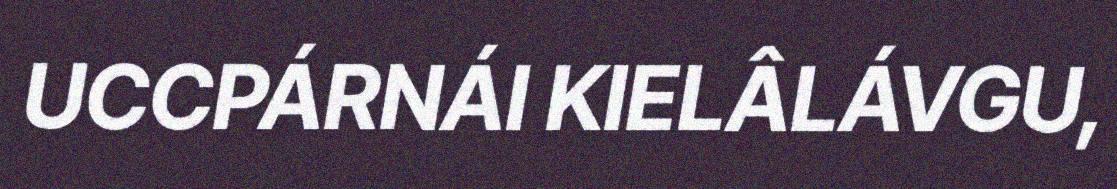
UCCPÁRNÁI KIELÂLÁVGU,